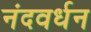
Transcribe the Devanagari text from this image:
नंदवर्धन